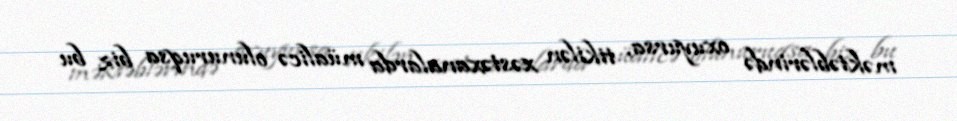
məktəblərində oxuyursa, tikilən xəstəxanalarda müalicə olunuruqsa biz bu